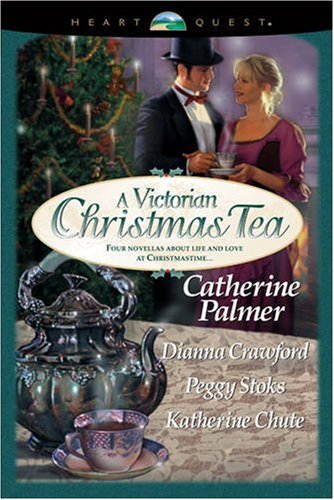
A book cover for A Victorian Christmas Tea: Angel in the Attic/A Daddy for Christmas/Tea for Marie/Going Home (HeartQuest Christmas Anthology); Catherine Palmer; Religion & Spirituality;